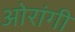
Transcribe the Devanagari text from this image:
ओरांगी